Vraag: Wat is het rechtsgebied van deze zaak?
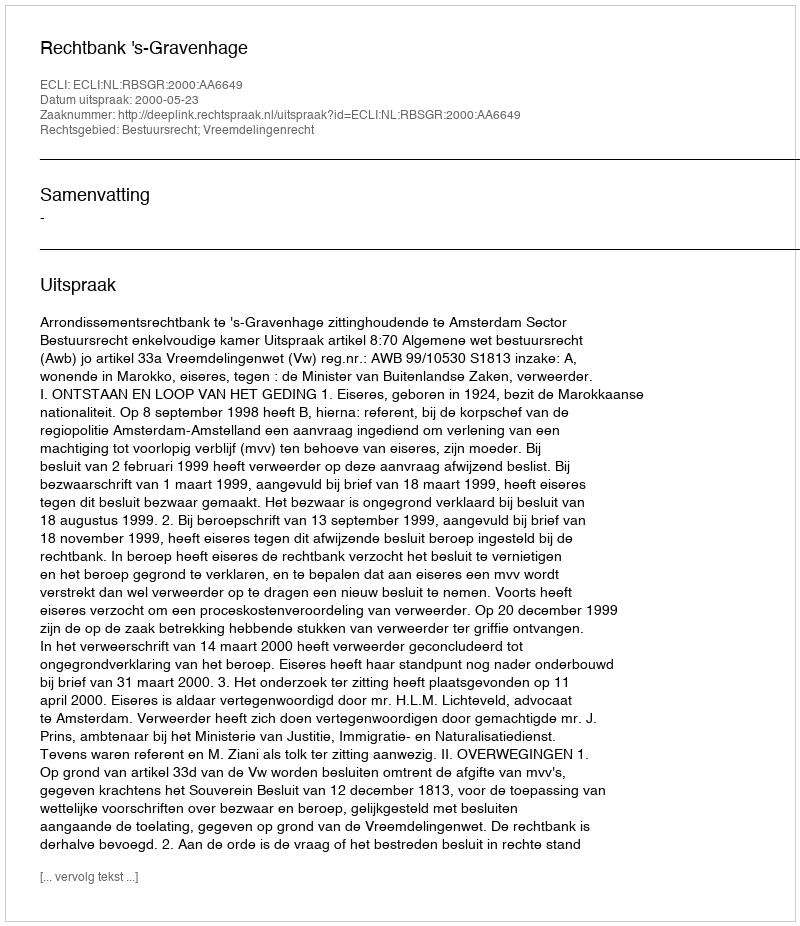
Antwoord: Bestuursrecht; Vreemdelingenrecht